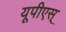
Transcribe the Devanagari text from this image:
यूपीएस्